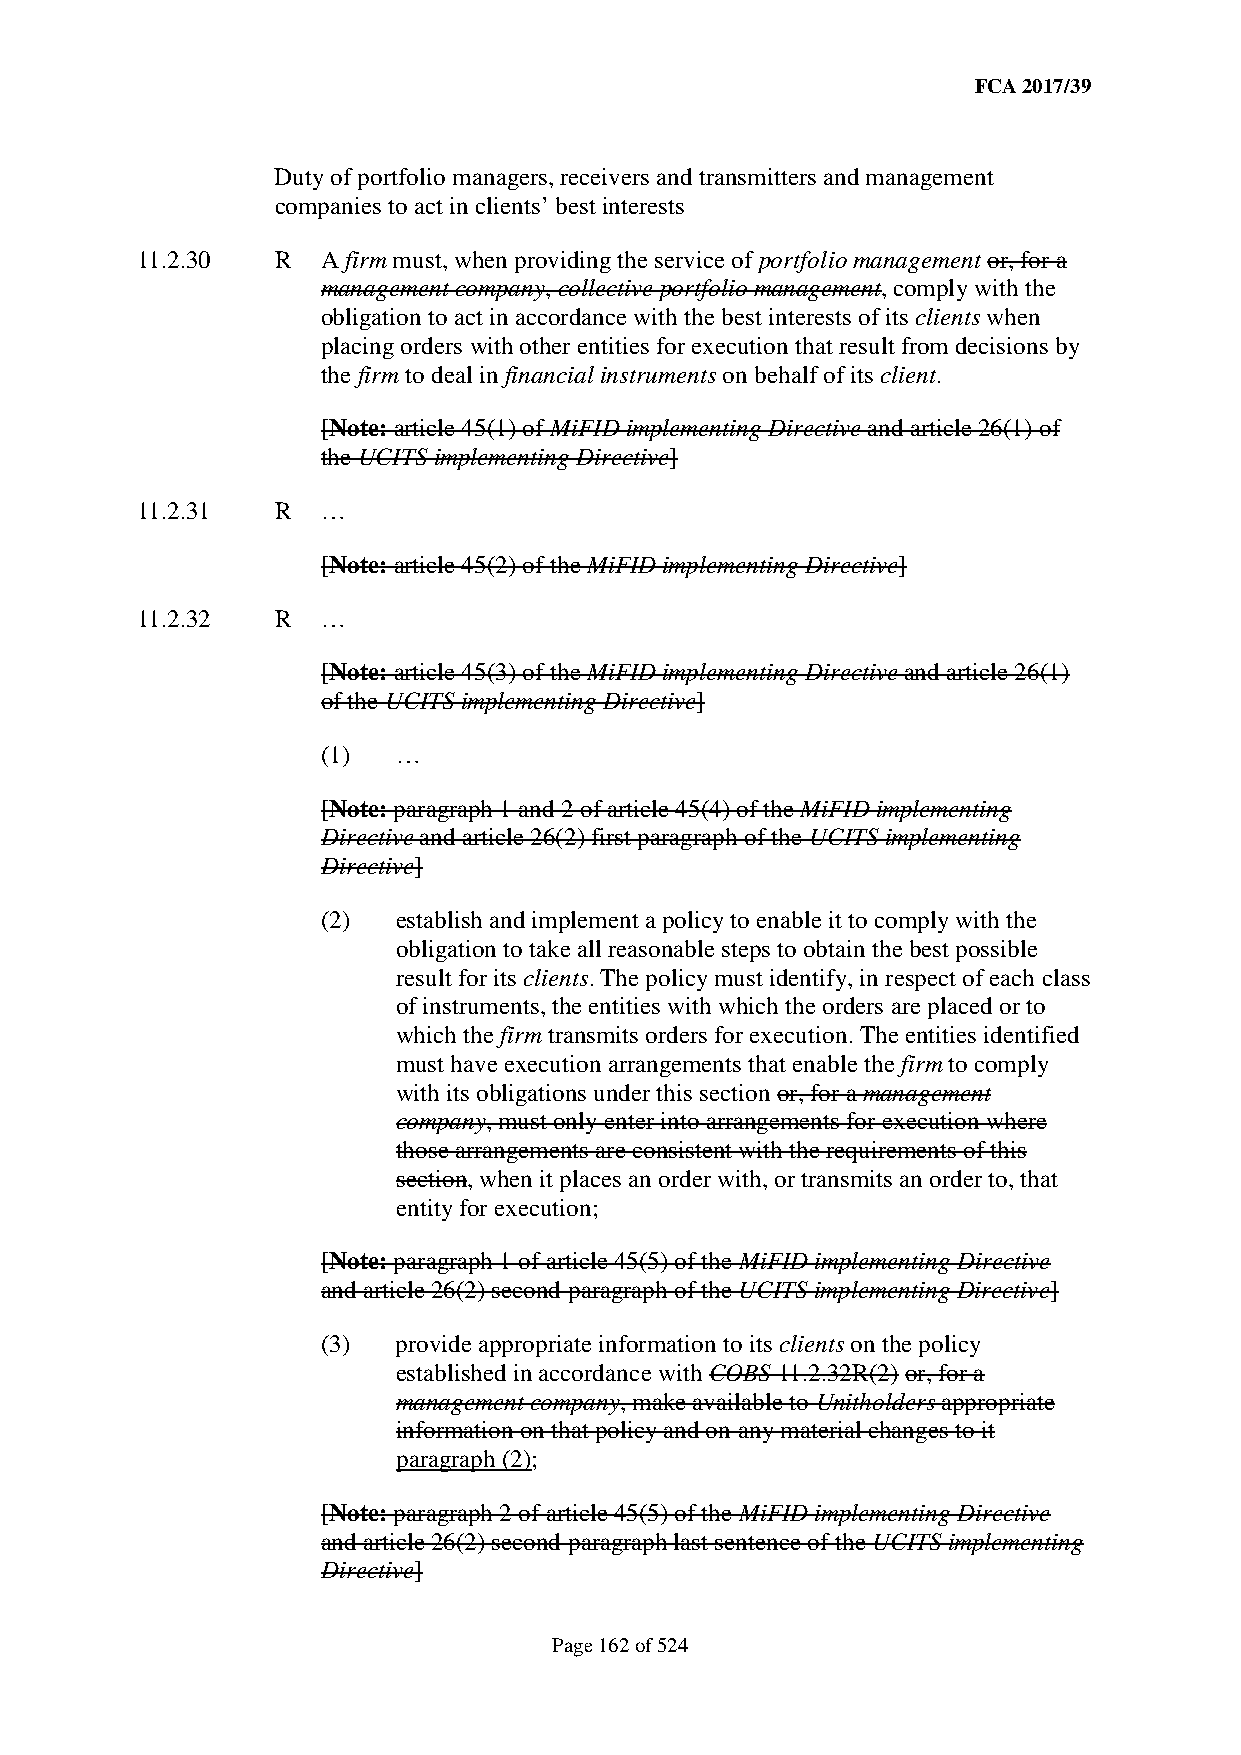
FCA 2017/39
 Duty of portfolio managers, receivers and transmitters and management
 companies to act in clients’ best interests
 11.2.30  R  A firm must, when providing the service of portfolio management or, for a
 management company, collective portfolio management, comply with the
 obligation to act in accordance with the best interests of its clients when
 placing orders with other entities for execution that result from decisions by
 the firm to deal in financial instruments on behalf of its client.
 [Note: article 45(1) of MiFID implementing Directive and article 26(1) of
 the UCITS implementing Directive]
 11.2.31  R  …
 [Note: article 45(2) of the MiFID implementing Directive]
 11.2.32  R  …
 [Note: article 45(3) of the MiFID implementing Directive and article 26(1)
 of the UCITS implementing Directive]
 (1)  …
 [Note: paragraph 1 and 2 of article 45(4) of the MiFID implementing
 Directive and article 26(2) first paragraph of the UCITS implementing
 Directive]
 (2)  establish and implement a policy to enable it to comply with the
 obligation to take all reasonable steps to obtain the best possible
 result for its clients. The policy must identify, in respect of each class
 of instruments, the entities with which the orders are placed or to
 which the firm transmits orders for execution. The entities identified
 must have execution arrangements that enable the firm to comply
 with its obligations under this section or, for a management
 company, must only enter into arrangements for execution where
 those arrangements are consistent with the requirements of this
 section, when it places an order with, or transmits an order to, that
 entity for execution;
 [Note: paragraph 1 of article 45(5) of the MiFID implementing Directive
 and article 26(2) second paragraph of the UCITS implementing Directive]
 (3)  provide appropriate information to its clients on the policy
 established in accordance with COBS 11.2.32R(2) or, for a
 management company, make available to Unitholders appropriate
 information on that policy and on any material changes to it
 paragraph (2);
 [Note: paragraph 2 of article 45(5) of the MiFID implementing Directive
 and article 26(2) second paragraph last sentence of the UCITS implementing
 Directive]
 Page 162 of 524